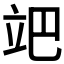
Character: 𥩙